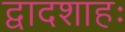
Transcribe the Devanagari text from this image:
द्वादशाहः